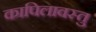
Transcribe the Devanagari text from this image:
कापिलावस्तु